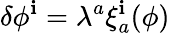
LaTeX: \delta\phi^{\mathbf{i}}=\lambda^{a}\xi_{a}^{\mathbf{i}}(\phi)